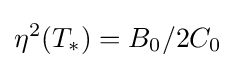
\eta ^{2}(T_{*})={B_{0}}/{2C_{0}}